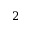
2